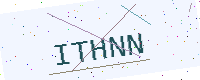
Text: ITHNN